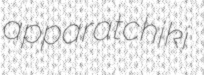
apparatchiki